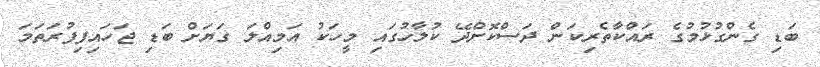
ބަޑި ގެންގުޅުމުގެ ރައްކާތެރިކަން ދަސްކޮށްދޭ ކުލާހުގައި މީހަކު އަމިއްލަ ގަޔަށް ބަޑި ޖަހައިފިފުރަތަމަ